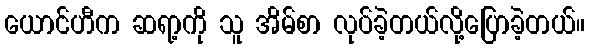
ယောင်ဟီက ဆရာ့ကို သူ အိမ်စာ လုပ်ခဲ့တယ်လို့ပြောခဲ့တယ်။